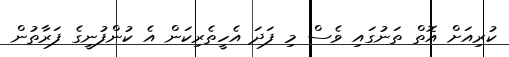
ކުރިއަށް އޮތް ތަނުގައި ވެސް މި ފަދަ އެހީތެރިކަން އެ ކުންފުނީގެ ފަރާތުން